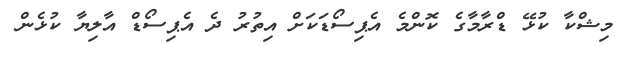
މިޝްކާ ކުޅޭ ޑްރާމާގެ ކޮންމެ އެޕިސޯޑަކަށް އިތުރު ދެ އެޕިސޯޑް އާލިޔާ ކުޅެން